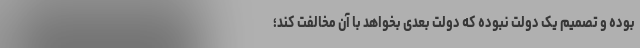
بوده و تصمیم یک دولت نبوده که دولت بعدی بخواهد با آن مخالفت کند؛